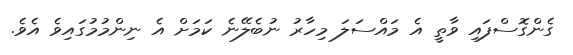
ގެންގޮސްފައި ވާތީ އެ މައްސަލަ މިހާރު ނުބެލޭނެ ކަމަށް އެ ނިންމުމުގައިވެ އެވެ.